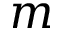
m